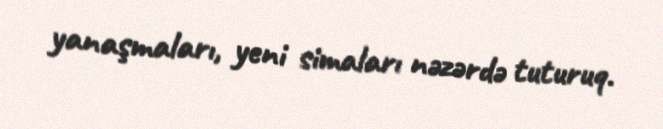
yanaşmaları, yeni simaları nəzərdə tuturuq.